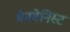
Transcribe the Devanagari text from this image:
बेनवेनिस्ट